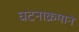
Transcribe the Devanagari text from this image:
घटनाक्रमाने